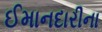
ઈમાનદારીના